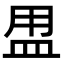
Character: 𥁎